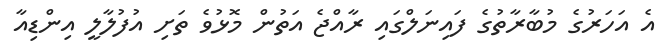
އެ އަހަރުގެ މުބާރާތުގެ ފައިނަލްގައި ރާއްޖެ އަތުން މޮޅުވެ ތަށި އުފުލާލީ އިންޑިއާ